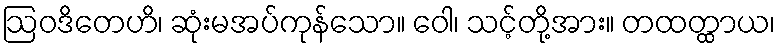
ဩဝဒိတေဟိ၊ ဆုံးမအပ်ကုန်သော။ ဝေါ၊ သင့်တို့အား။ တထတ္ထာယ၊